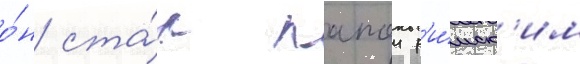
о́н ста́л папои р'и́мск'им